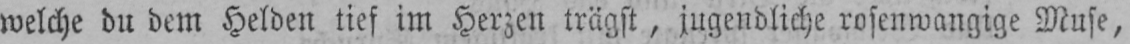
welche du dem Helden tief im Herzen trägst, jugendliche rosenwangige Muse,